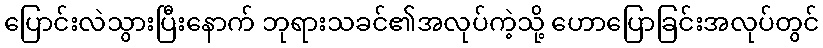
ပြောင်းလဲသွားပြီးနောက် ဘုရားသခင်၏အလုပ်ကဲ့သို့ ဟောပြောခြင်းအလုပ်တွင်